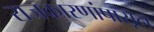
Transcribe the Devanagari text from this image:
राजकारणांपासून